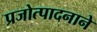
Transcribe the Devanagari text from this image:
प्रजोत्पादनाने